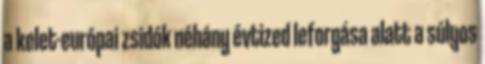
a kelet-európai zsidók néhány évtized leforgása alatt a súlyos